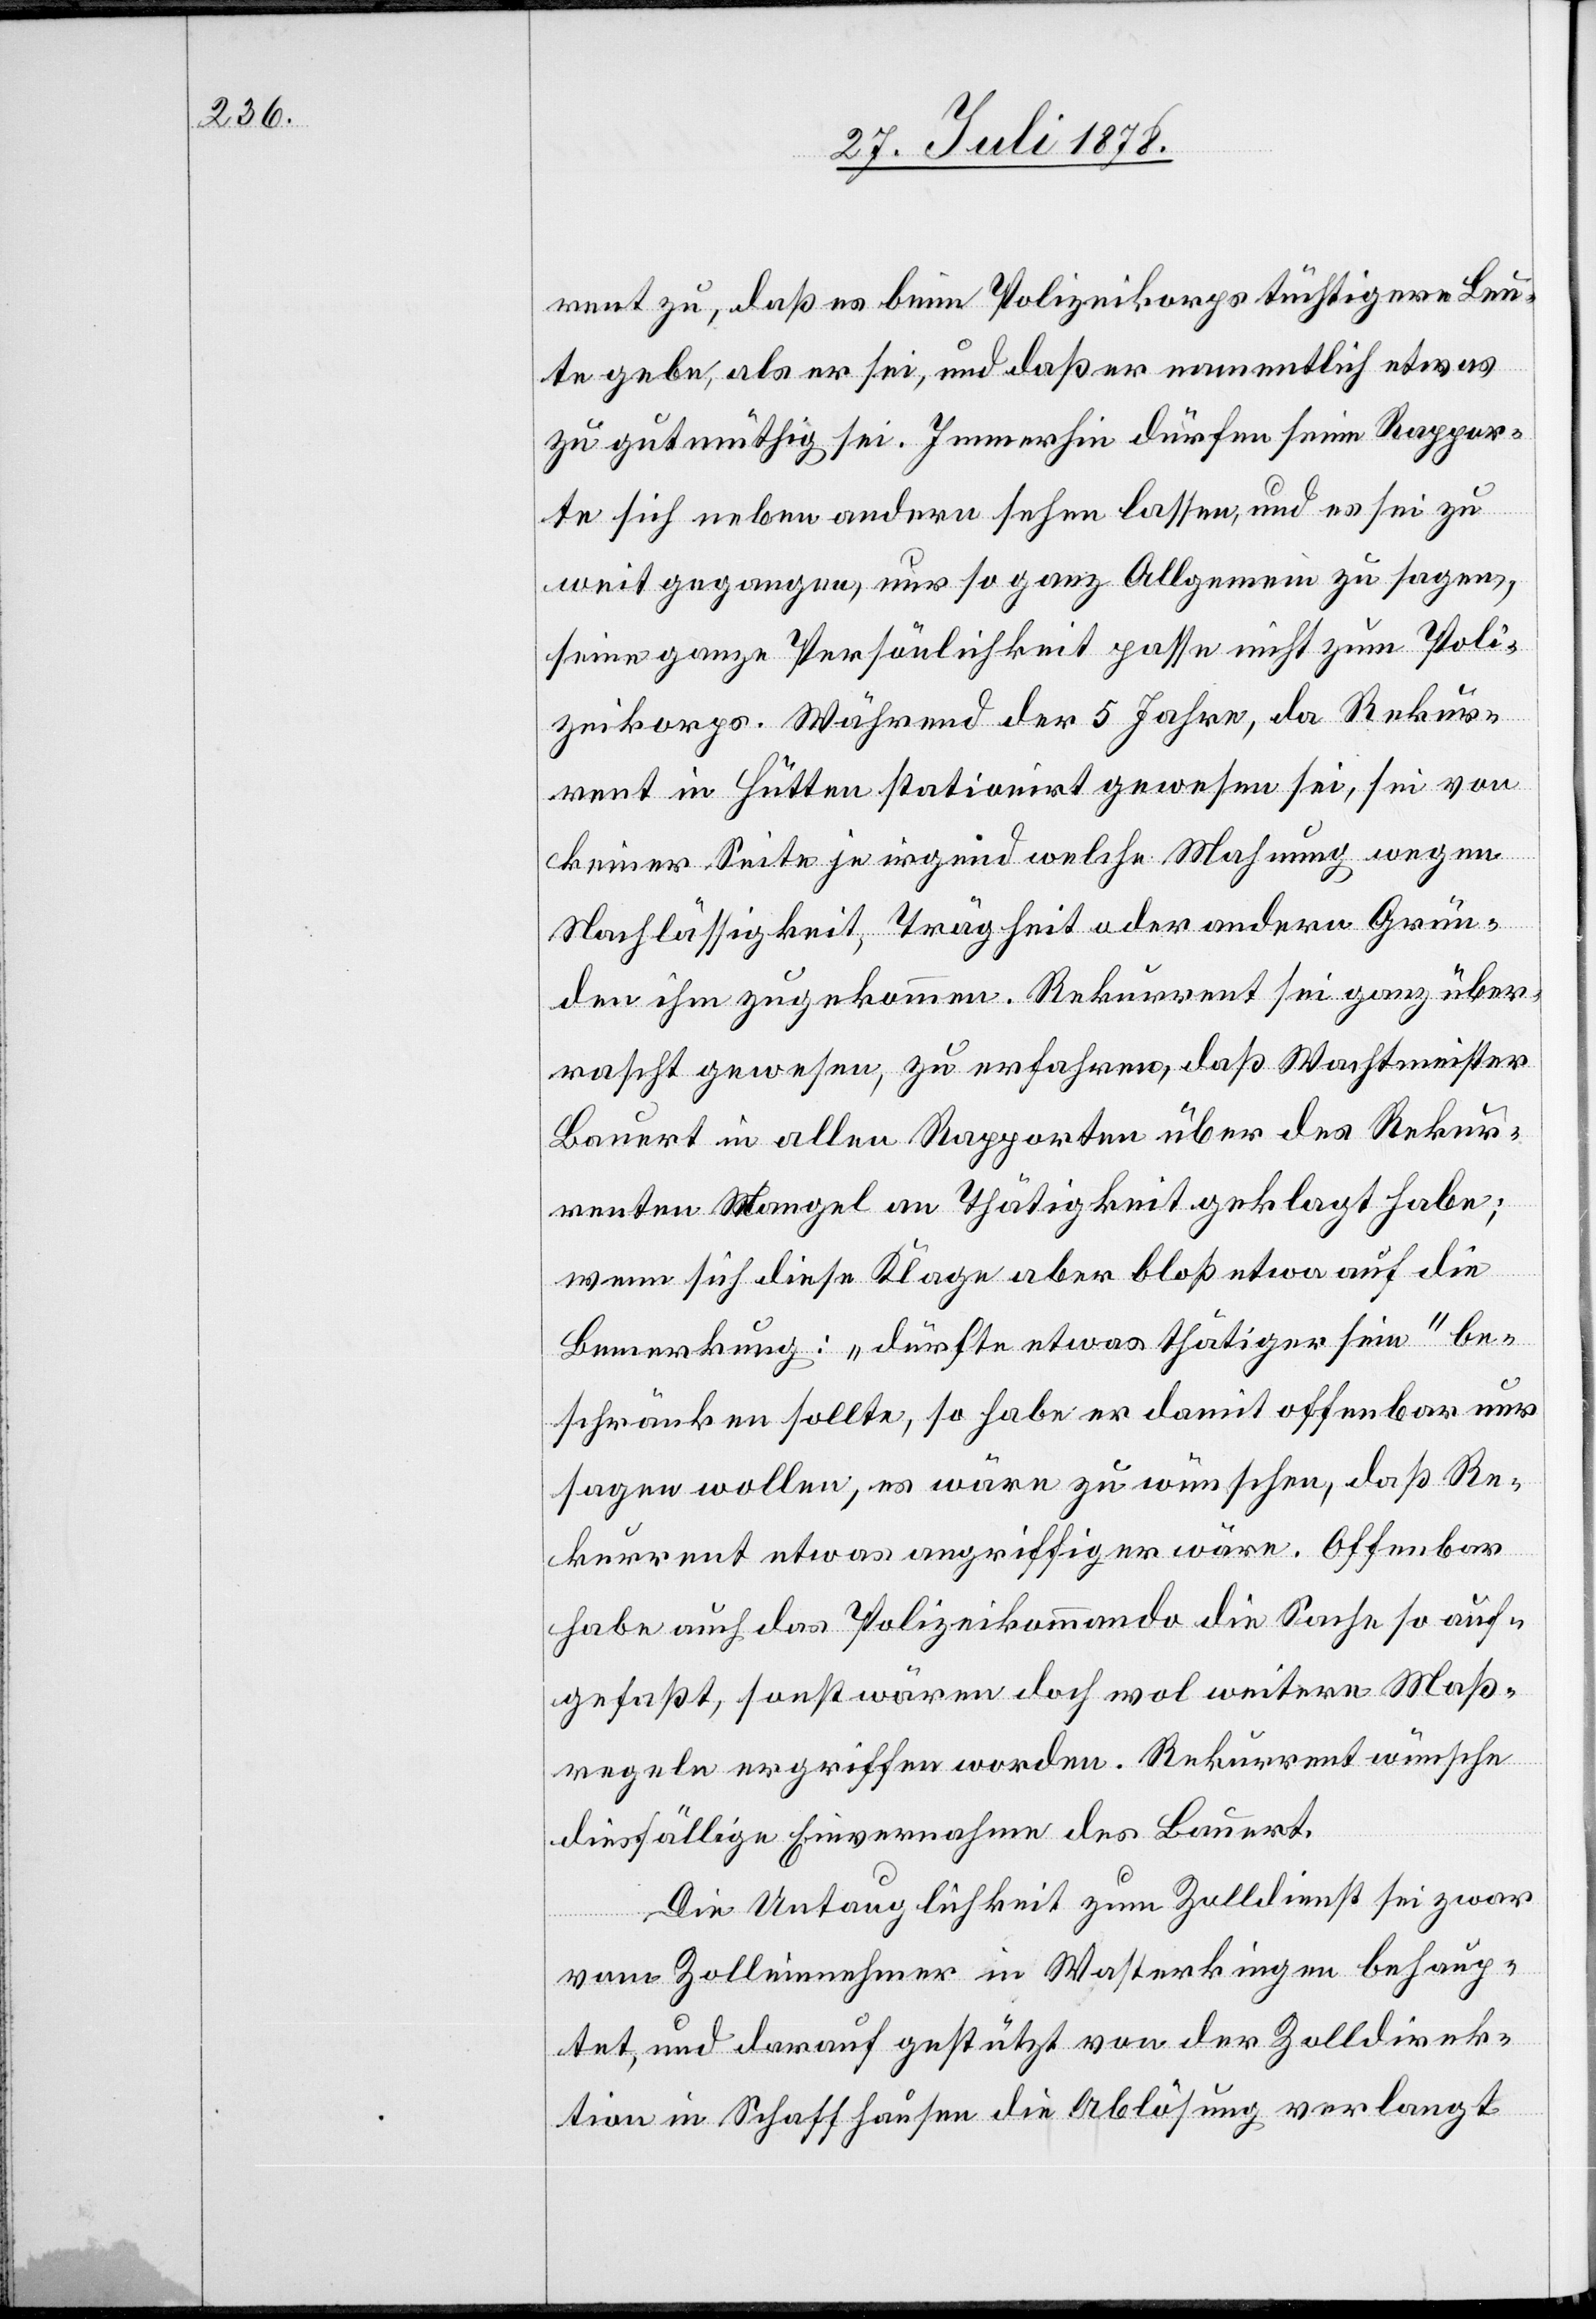
rent zu, daß es beim Polizeikorps tüchtigere Leu¬
te gebe, als er sei, und daß er namentlich etwas
zu gutmüthig sei. Immerhin dürfen seine Rappor¬
te sich neben andern sehen lassen, und es sei zu
weit gegangen, nur so ganz Allgemein zu sagen,
seine ganze Persönlichkeit passe nicht zum Poli¬
zeikorps. Während der 5 Jahre, da Rekur¬
rent in Hütten stationirt gewesen sei, sei von
keiner Seite je irgend welche Mahnung wegen
Nachlässigkeit, Trägheit oder andern Grün¬
den ihm zugekommen. Rekurrent sei ganz über¬
rascht gewesen, zu erfahren, daß Wachtmeister
Bauert in allen Rapporten über des Rekur¬
renten Mangel an Thätigkeit geklagt habe;
wenn sich diese Klage aber bloß etwa auf die
Bemerkung: „dürfte etwas thätiger sein“ be¬
schränken sollte, so habe er damit offenbar nur
sagen wollen, es wäre zu wünschen, daß Re¬
kurrent etwas angriffiger wäre. Offenbar
habe auch das Polizeikommando die Sache so auf¬
gefaßt, sonst wären doch wol weitere Maß¬
regeln ergriffen worden. Rekurrent wünsche
diesfällige Einvernahme des Bauert.
Die Untauglichkeit zum Zolldienst sei zwar
vom Zolleinnehmer in Wasterkingen behaup¬
tet, und darauf gestützt von der Zolldirek¬
tion in Schaffhausen die Ablösung verlangt